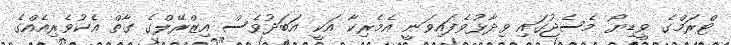
ޓްރަމްގެ ވީޑިޔޯ މެސެޖުގައި ވިދާޅުވެފައިވަނީ އެމެރިކާ އަކީ އަބަދުވެސް އިޒްރޭލްގެ ގާތް އެކުވެރިއެއްގެ